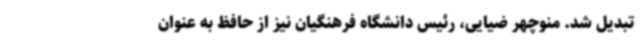
تبدیل شد. منوچهر ضیایی، رئیس دانشگاه فرهنگیان نیز از حافظ به عنوان